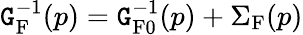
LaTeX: \mathtt{G}_{\textrm{{F}}}^{-1}(p)=\mathtt{G}_{\textrm{{F}}0}^{-1}(p)+\Sigma_{\textrm{{F}}}(p)